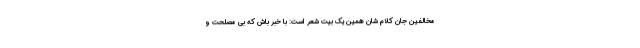
مخالفین جان کلام شان همین یک بیت شعر است: با خبر باش که بی مصلحت و